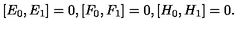
\, [ E _ { 0 } , E _ { 1 } ] = 0 , [ F _ { 0 } , F _ { 1 } ] = 0 , [ H _ { 0 } , H _ { 1 } ] = 0 .